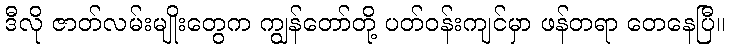
ဒီလို ဇာတ်လမ်းမျိုးတွေက ကျွန်တော်တို့ ပတ်ဝန်းကျင်မှာ ဖန်တရာ တေနေပြီ။